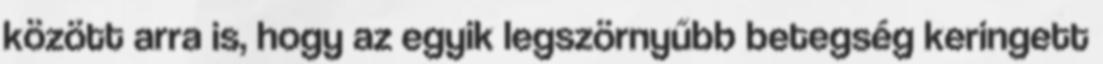
között arra is, hogy az egyik legszörnyűbb betegség keringett